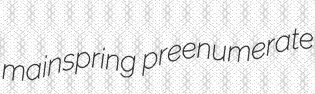
mainspring preenumerate